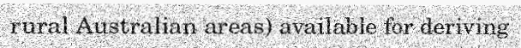
rural Australian areas) available for deriving